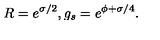
R = e ^ { \sigma / 2 } , g _ { s } = e ^ { \phi + \sigma / 4 } .